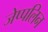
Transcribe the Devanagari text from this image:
जेप्पलिन